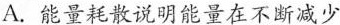
A. 能量耗散说明能量在不断减少